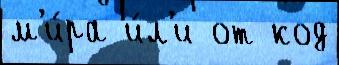
м'и́ра и́л'и от код